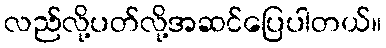
လည်လို့ပတ်လို့အဆင်ပြေပါတယ်။